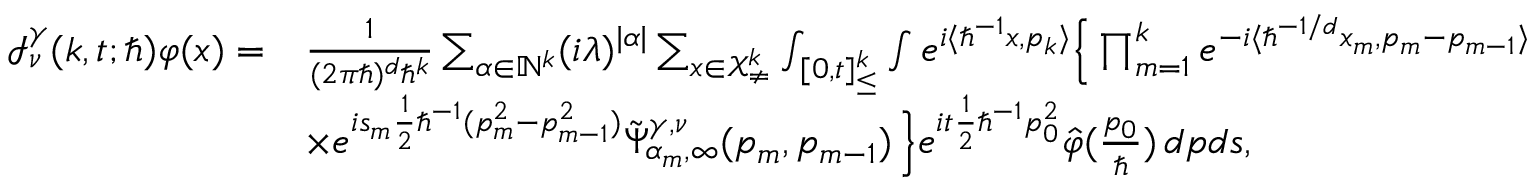
\begin{array} { r l } { \mathcal { I } _ { \nu } ^ { \gamma } ( k , t ; \hbar ) \varphi ( x ) = } & { \frac { 1 } { ( 2 \pi \hbar ) ^ { d } \hbar ^ { k } } \sum _ { \alpha \in \mathbb { N } ^ { k } } ( i \lambda ) ^ { | \alpha | } \sum _ { \boldsymbol { x } \in \mathcal { X } _ { \neq } ^ { k } } \int _ { [ 0 , t ] _ { \leq } ^ { k } } \int e ^ { i \langle \hbar ^ { - 1 } x , p _ { k } \rangle } \Big \{ \prod _ { m = 1 } ^ { k } e ^ { - i \langle \hbar ^ { - 1 / d } x _ { m } , p _ { m } - p _ { m - 1 } \rangle } } \\ & { \times e ^ { i s _ { m } \frac { 1 } { 2 } \hbar ^ { - 1 } ( p _ { m } ^ { 2 } - p _ { m - 1 } ^ { 2 } ) } \tilde { \Psi } _ { \alpha _ { m } , \infty } ^ { \gamma , \nu } ( p _ { m } , p _ { m - 1 } ) \, \Big \} e ^ { i t \frac { 1 } { 2 } \hbar ^ { - 1 } p _ { 0 } ^ { 2 } } \hat { \varphi } ( \frac { p _ { 0 } } { \hbar } ) \, d \boldsymbol { p } d \boldsymbol { s } , } \end{array}